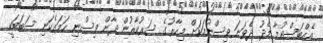
އެއްބަސްވުމާ މެދު ދެވަނަ ވިސްނުމަކަށް މިހާރުގެ ސަރުކާރުން ދާން ވިސްނި ހަމައެކަނި ސަބަބަކީ